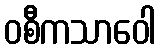
ဝစီကသာဝေါ